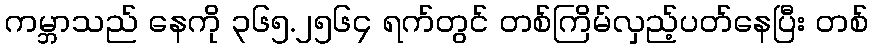
ကမ္ဘာသည် နေကို ၃၆၅.၂၅၆၄ ရက်တွင် တစ်ကြိမ်လှည့်ပတ်နေပြီး တစ်